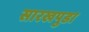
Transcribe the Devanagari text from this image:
सारखपुडा